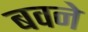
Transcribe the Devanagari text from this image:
बवने